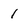
Character: 1